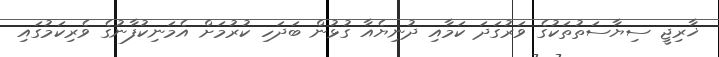
ޚާރިޖީ ސިޔާސަތުތަކުގެ ވަރުގަދަ ކަމާއި ދުނިޔެއާ ގުޅުން ބަދަހި ކުރުމަށް އެމަނިކުފާނުގެ ވެރިކަމުގައި